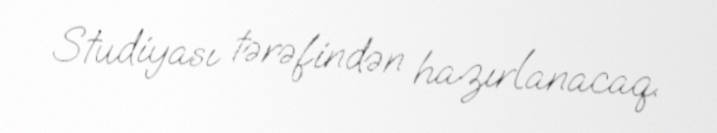
Studiyası tərəfindən hazırlanacaq.